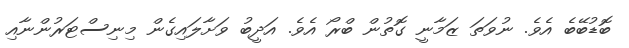
ބޮޑުބޭބެ އެވެ. ނުވަތަ ޒަމާނީ ގޮތުން ބްރޯ އެވެ. އަދީބު ވަށާލައިގެން މިނިސްޓަރުންނާއި